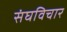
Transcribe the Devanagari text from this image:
संघविचार